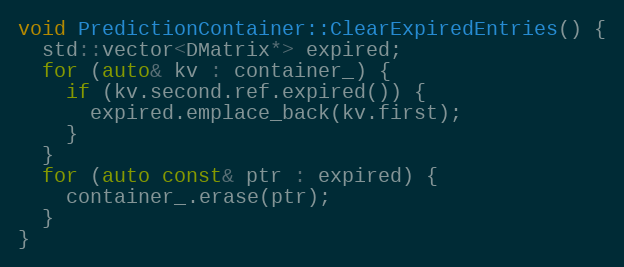
Language: C++
void PredictionContainer::ClearExpiredEntries() {
  std::vector<DMatrix*> expired;
  for (auto& kv : container_) {
    if (kv.second.ref.expired()) {
      expired.emplace_back(kv.first);
    }
  }
  for (auto const& ptr : expired) {
    container_.erase(ptr);
  }
}